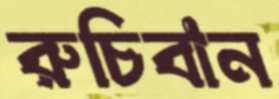
রুচিবান